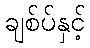
ချစ်ပ်နှင့်